Subject: math
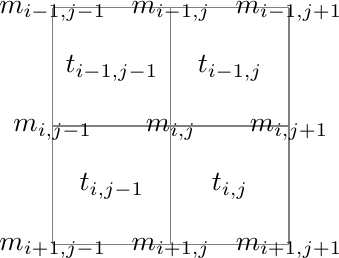
LaTeX code:
    \begin{tikzpicture}[scale=1.5]
        \draw [gray] (0,0) grid (2,2);

        \node [above] at (0,.80) {$m_{i,j-1}$};
        \node [above] at (1,.80) {$m_{i,j}$};
        \node [above] at (2,.80) {$m_{i,j+1}$};
        \node [above] at (0,1.80) {$m_{i-1,j-1}$};
        \node [above] at (1,1.80) {$m_{i-1,j}$};
        \node [above] at (2,1.80) {$m_{i-1,j+1}$};
        \node [above] at (0,-.20) {$m_{i+1,j-1}$};
        \node [above] at (1,-.20) {$m_{i+1,j}$};
        \node [above] at (2,-.20) {$m_{i+1,j+1}$};

        \node [above] at (0.5,0.3) {$t_{i,j-1}$};
        \node [above] at (0.5,1.3) {$t_{i-1,j-1}$};
        \node [above] at (1.5,0.3) {$t_{i,j}$};
        \node [above] at (1.5,1.3) {$t_{i-1,j}$};

    \end{tikzpicture}